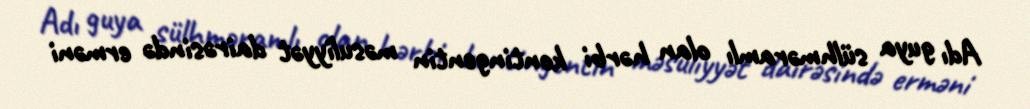
Adı guya sülhməramlı olan hərbi kontingentin məsuliyyət dairəsində erməni